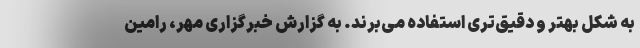
به شکل بهتر و دقیق‌تری استفاده می‌برند. به گزارش خبرگزاری مهر، رامین